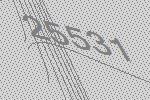
25531